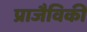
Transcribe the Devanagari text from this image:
प्राजैविकी